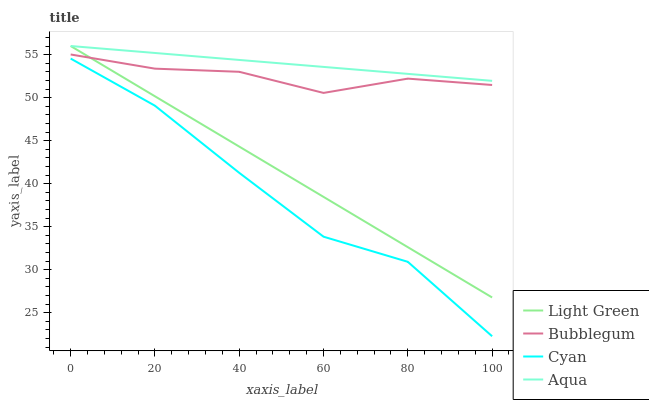
| xaxis_label | Light Green | Bubblegum | Cyan | Aqua |
 | --- | --- | --- | --- | --- |
 | 0 | 56 | 55 | 54.5 | 56 |
 | 20 | 50.2 | 53.4 | 49.1 | 55.2 |
 | 40 | 44.3 | 53 | 41.3 | 54.4 |
 | 60 | 38.5 | 50.5 | 33.8 | 53.6 |
 | 80 | 32.6 | 52.2 | 30.9 | 52.8 |
 | 100 | 26.8 | 51.5 | 22.3 | 51.9 |